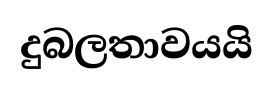
දුබලතාවයයි